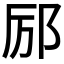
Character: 𫟫